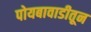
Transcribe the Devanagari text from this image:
पोयबावाडीतून